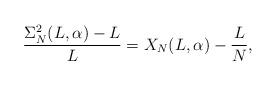
LaTeX: \begin{align*} \frac{\Sigma_N^2(L,\alpha)-L}{L}=X_N(L,\alpha)-\frac{L}{N},\end{align*}